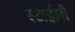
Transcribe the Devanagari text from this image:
स्टाईली